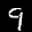
Label: 9